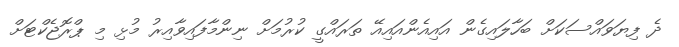
ދެ ފިޔަވައްސަކަށް ބަހާލައިގެން އައިއެންއައިއޭ ތަަރައްގީ ކުރުމަށް ނިންމާފައިވާއިރު މުޅި މި ޕްރޮޖެކްޓަށް